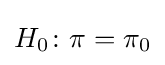
H_{0}\colon \pi =\pi _{0}